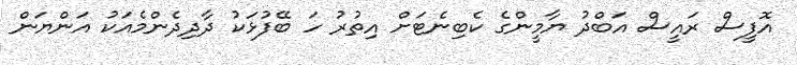
އޮފީސް ރައީސް އަބްދު ޔާމީންގެ ކެބިނެޓަށް އިތުރު ހަ ބޭފުޅަކު ދާދިދެންމެއަކު އަންޔަން